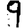
Digit: 9